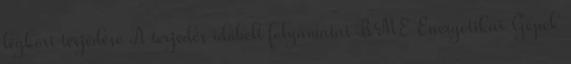
légköri terjedése A terjedés időbeli folyamatai BME Energetikai Gépek